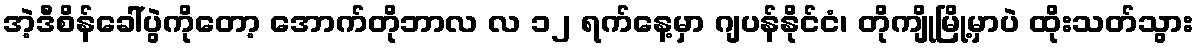
အဲ့ဒီစိန်ခေါ်ပွဲကိုတော့ အောက်တိုဘာလ လ ၁၂ ရက်နေ့မှာ ဂျပန်နိုင်ငံ၊ တိုကျိုမြို့မှာပဲ ထိုးသတ်သွား